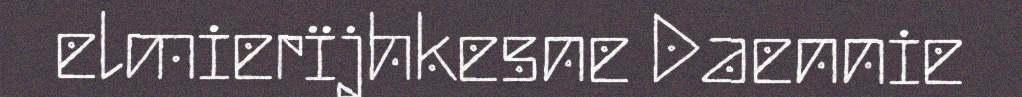
elmierïjhkesne Daennie